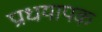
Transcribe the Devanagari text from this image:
प्राधयापक